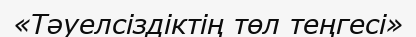
«Тәуелсіздіктің төл теңгесі»